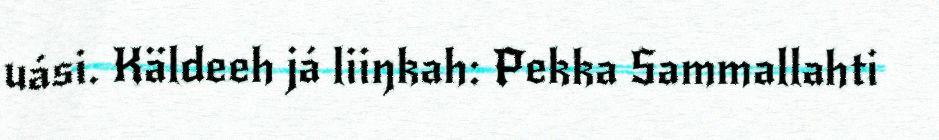
uási. Käldeeh já liiŋkah: Pekka Sammallahti